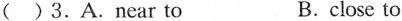
( )3.A.Near to B. close to